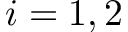
i = 1 , 2